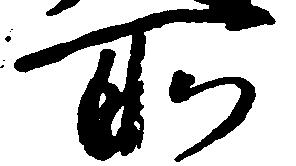
所